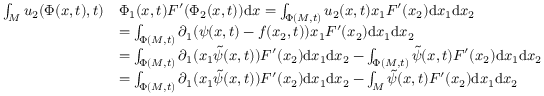
\begin{array} { r l } { \int _ { M } u _ { 2 } ( \Phi ( x , t ) , t ) } & { \Phi _ { 1 } ( x , t ) F ^ { \prime } ( \Phi _ { 2 } ( x , t ) ) \mathrm { d } x = \int _ { \Phi ( M , t ) } u _ { 2 } ( x , t ) x _ { 1 } F ^ { \prime } ( x _ { 2 } ) \mathrm { d } x _ { 1 } \mathrm { d } x _ { 2 } } \\ & { = \int _ { \Phi ( M , t ) } \partial _ { 1 } ( \psi ( x , t ) - f ( x _ { 2 } , t ) ) x _ { 1 } F ^ { \prime } ( x _ { 2 } ) \mathrm { d } x _ { 1 } \mathrm { d } x _ { 2 } } \\ & { = \int _ { \Phi ( M , t ) } \partial _ { 1 } ( x _ { 1 } \tilde { \psi } ( x , t ) ) F ^ { \prime } ( x _ { 2 } ) \mathrm { d } x _ { 1 } \mathrm { d } x _ { 2 } - \int _ { \Phi ( M , t ) } \tilde { \psi } ( x , t ) F ^ { \prime } ( x _ { 2 } ) \mathrm { d } x _ { 1 } \mathrm { d } x _ { 2 } } \\ & { = \int _ { \Phi ( M , t ) } \partial _ { 1 } ( x _ { 1 } \tilde { \psi } ( x , t ) ) F ^ { \prime } ( x _ { 2 } ) \mathrm { d } x _ { 1 } \mathrm { d } x _ { 2 } - \int _ { M } \tilde { \psi } ( x , t ) F ^ { \prime } ( x _ { 2 } ) \mathrm { d } x _ { 1 } \mathrm { d } x _ { 2 } } \end{array}